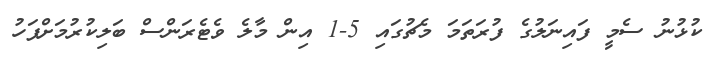
ކުޅުނު ސެމީ ފައިނަލުގެ ފުރަތަމަ މެޗުގައި 5-1 އިން މާލެ ވެޓެރަންސް ބަލިކުރުމަށްފަހު